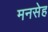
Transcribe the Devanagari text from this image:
मनसेह